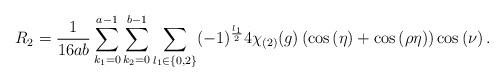
LaTeX: \begin{align*}R_2 = \frac{1}{16ab} \sum_{k_1 = 0}^{a-1} \sum_{k_2 = 0}^{b-1} \sum_{l_1 \in \lbrace 0,2 \rbrace } (-1)^{\frac{l_1}{2}} 4 \chi_{(2)}(g) \left( \cos \left(\eta \right) + \cos \left(\rho \eta \right) \right) \cos \left(\nu \right).\end{align*}